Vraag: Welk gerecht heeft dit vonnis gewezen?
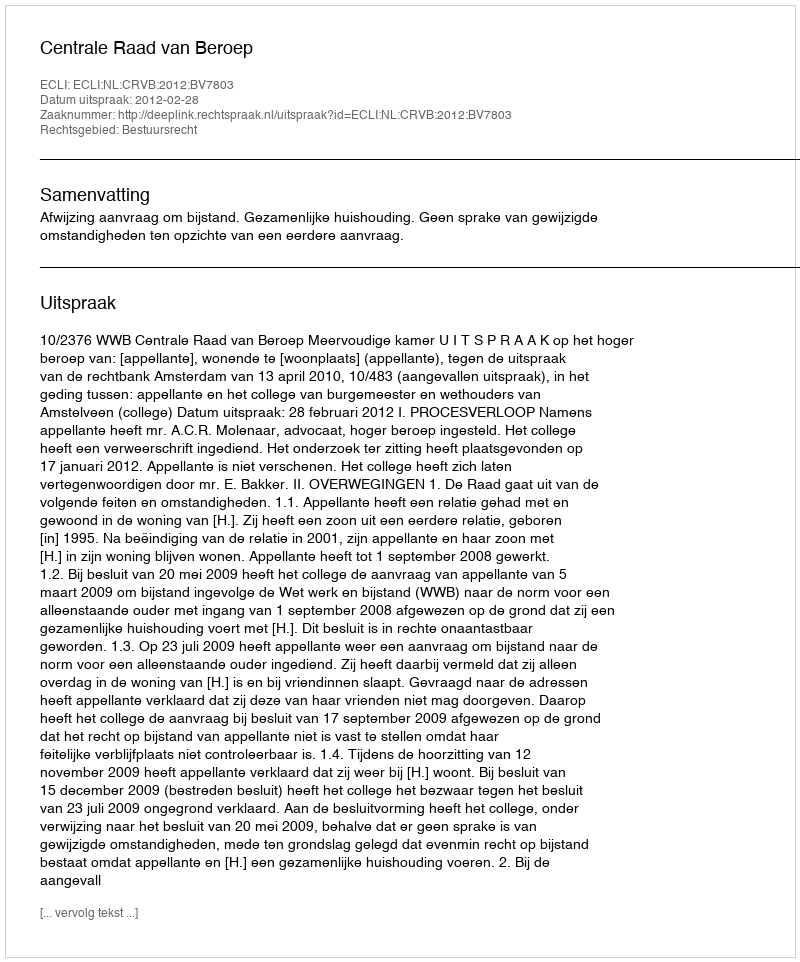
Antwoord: Centrale Raad van Beroep